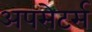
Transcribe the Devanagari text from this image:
अपसेटर्स